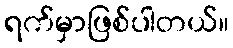
ရက်မှာဖြစ်ပါတယ်။